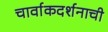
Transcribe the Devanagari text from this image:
चार्वाकदर्शनाची